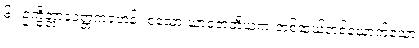
၆။ ဥက္ခိတ္တာနုဝတ္တကရဟန်း စသော ယာဝတတိယက တစ်ဆယ့်တစ်ယောက်သော